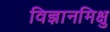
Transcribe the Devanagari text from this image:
विज्ञानमिक्षु